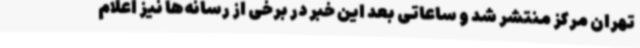
تهران مرکز منتشر شد و ساعاتی بعد این خبر در برخی از رسانه‌ها نیز اعلام